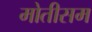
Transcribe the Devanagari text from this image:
मोतीसम